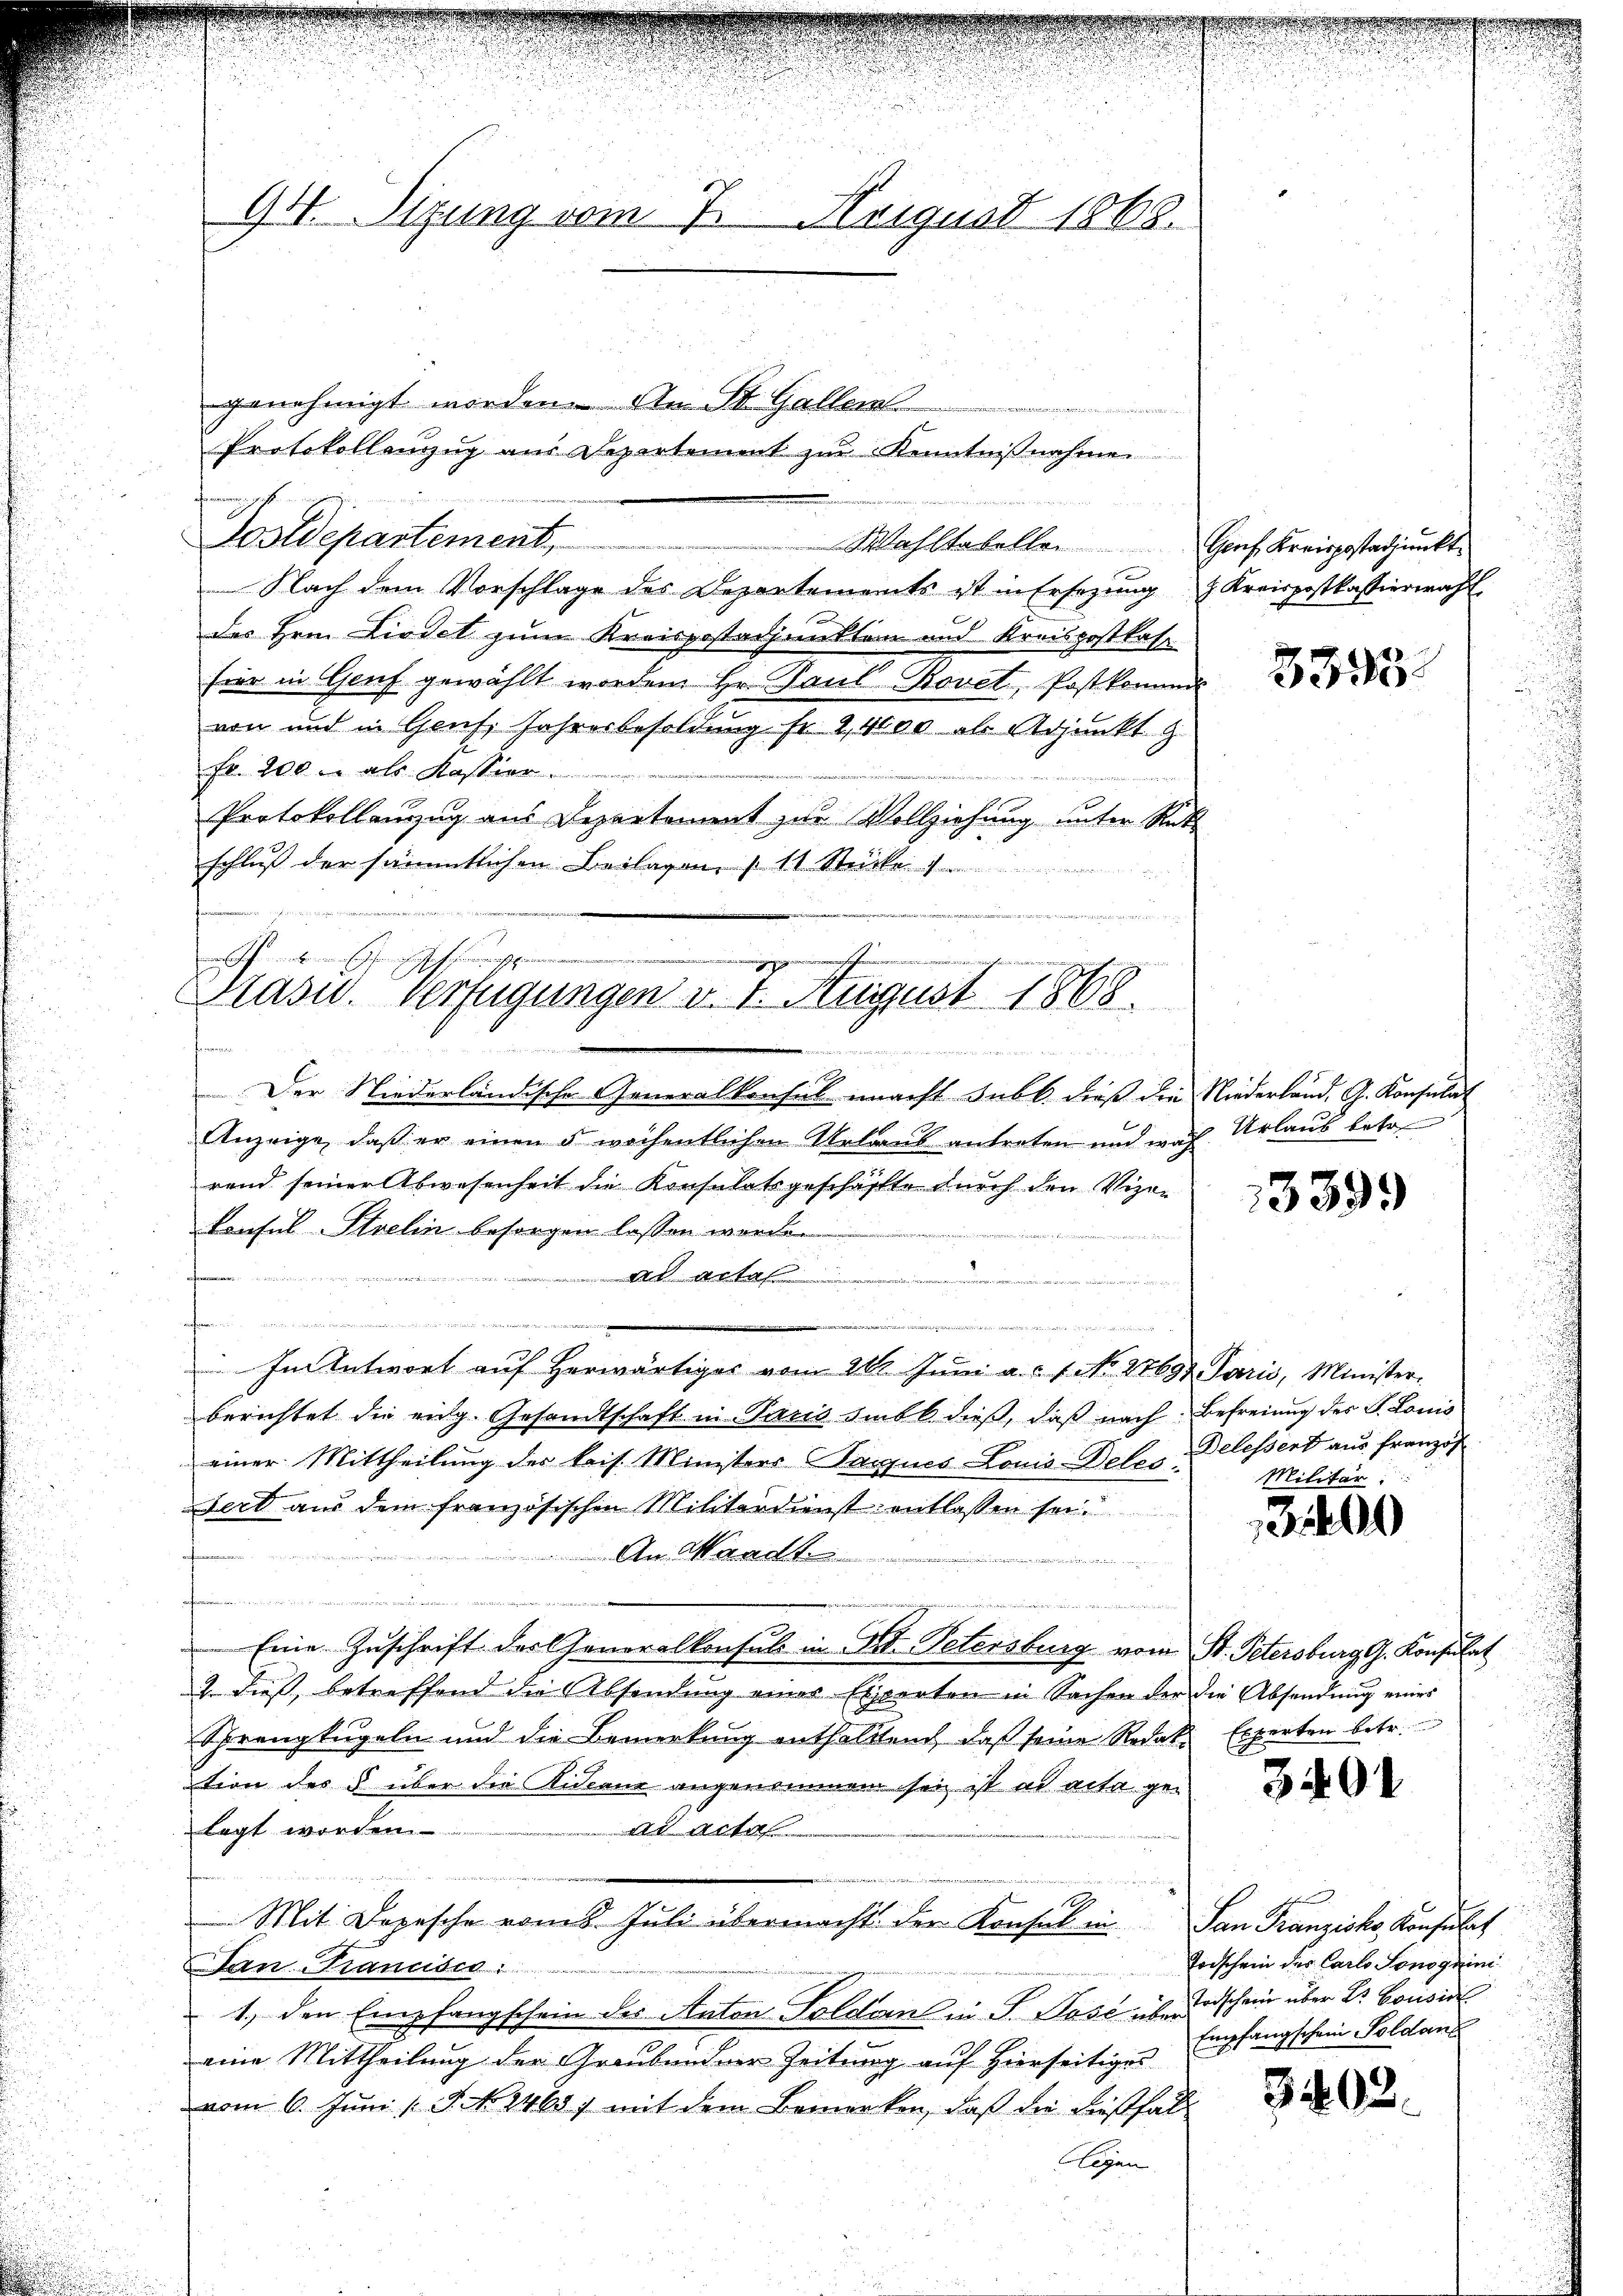
94. Sitzung vom 7. Neigust 1868.

genehmigt worden. An St. Gallen.
Goldepartement,
 Nach dem Vorschlage des Departements ist in Ersezung & Kreispostkassierwahl
des Hrn. Lirdet zum Kreisgestadjunkten und Kreispostkase
hier in Genf gewählt worden Hr. Paul Bovet, Postkommis
von und in Genf, Jahresbesoldung fr. 2,4000 als Adjunkt g
Fr. 200 u. als Kassier.
Protokollanzug aus Departement zur Vollziehung unter Rück
schluß der sämmtlichen Beilagen 111 Stücke
n ohnerten Gesich denspinnen
.

Pasu. Verfügungen v. 1. August 1868.

e

Protokollenzug aus Departement zur Kenntnißnahmen

Der Niederländische Generalkonsul macht Subl. dieß die Niederland. G. Konsula-
Anzeige, daß er einen 5 wöchentlichen Urlaub antreten und wach Urlaus betrrend seiner Abwesenheit die Konsulatsgeschäffte durch den Vizen
konsul-Strelin besorgen lassen worden
dkartal
rfen.

n
In Antwort aŭf herwärtiges vom 21. Jŭni a. a. 1. No. 27697. Paris, Minister-
berichtet die eidg. Gesandtschaft in Paris smbt dieß, daß nach Befreiung der S. Louis
einer Mittheilung der kais. Ministerr Parques Lonia Detes Delessent aus Französ
sert aus dem französischen Militärdienst entlassen sei.
An Waadt
   die vorgenen
freien
idiere
Eine Zuschrift der Generalkonsul in Art. Petersburg vom St. Petersburg G. Konsulat
2. dieß, betreffend die Absendung einer Experten in Sachen der die Absendung eines
Sprengkugeln und die Bemerkung enthaltend, daß seine Redakt Experten betr.
tion des § über die Kidcaur angenommen sei ist ad acta gede Acta
lagt worden.
e
2
Mit Depesche vom 8. Juli übermacht der Konsul in San Franziska Konsulat
San Francisco
1. den Empfangschein des Anton Soldan in P. Post über der schein über Dr. Cousine
eine Mittheilung der Graubündner Zeitung auf Hierseitiges
vom 6. Juni [ P. No. 2468) mit dem Bemerken, daß die dießfall
ligen

Wahltabelle. Genf Kreispostadjunkt

3395.

3399

Militär

0

3402

Forschein der Carlo Lonoguini
Empfangschein Soldanl

3402.